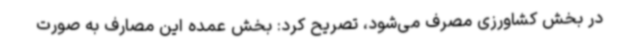
در بخش کشاورزی مصرف می‌شود، تصریح کرد: بخش عمده این مصارف به صورت